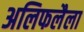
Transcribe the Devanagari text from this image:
अलिफलैला